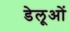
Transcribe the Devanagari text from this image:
डेलूओं